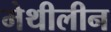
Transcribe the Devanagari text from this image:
मेथीलीन